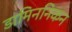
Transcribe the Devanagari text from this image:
डामिननिकन